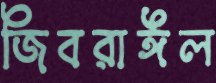
জিবরাঈল